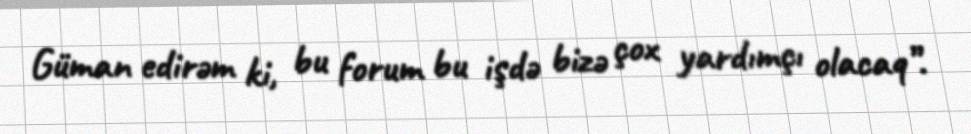
Güman edirəm ki, bu forum bu işdə bizə çox yardımçı olacaq”.